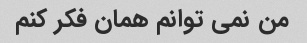
من نمی توانم همان فکر کنم